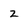
Character: 2